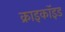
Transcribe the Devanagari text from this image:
क्राइकॉइड